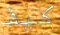
كيف